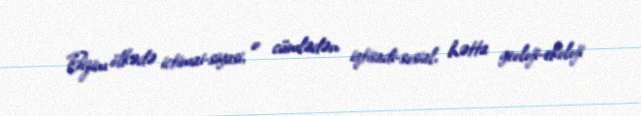
Bizim ölkədə ictimai-siyasi, o cümlədən iqtisadi-sosial, hətta geoloji-ekoloji